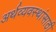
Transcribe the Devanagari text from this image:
अर्थव्यवस्थांसाठी